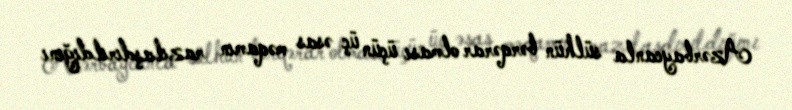
Azərbaycanla sülhün bərqərar olması üçün üç əsas məqamın razılaşdırıldığını